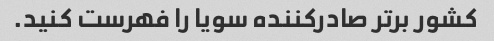
کشور برتر صادرکننده سویا را فهرست کنید.